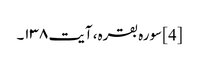
[4] سورہ بقرہ، آیت ۱۳۸۔